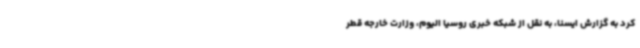
کرد به گزارش ایسنا، به نقل از شبکه خبری روسیا الیوم، وزارت خارجه قطر